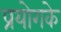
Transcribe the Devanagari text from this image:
प्रयोगके